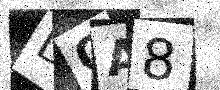
Text: DOA8